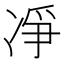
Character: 凈